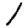
Digit: 1